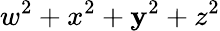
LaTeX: w^{2}+x^{2}+\mathbf{y}^{2}+z^{2}